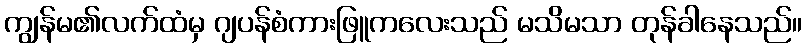
ကျွန်မ၏လက်ထံမှ ဂျပန်စံကားဖြူကလေးသည် မသိမသာ တုန်ခါနေသည်။